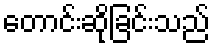
တောင်းဆိုခြင်းသည်